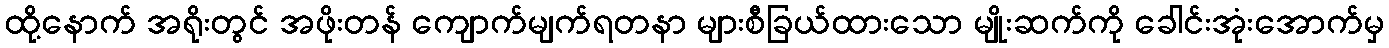
ထို့နောက် အရိုးတွင် အဖိုးတန် ကျောက်မျက်ရတနာ များစီခြယ်ထားသော မျိုးဆက်ကို ခေါင်းအုံးအောက်မှ